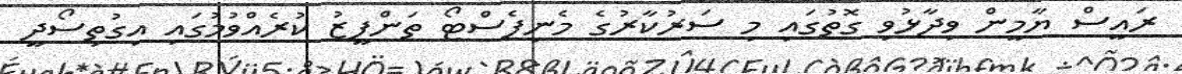
ރައީސް ޔާމީން ވިދާޅުވި ގޮތުގައި މި ސަރުކާރުގެ މެނިފެސްޓޯ ތަންފީޒު ކުރެއްވުމުގައި އިގުތިސޯދީ